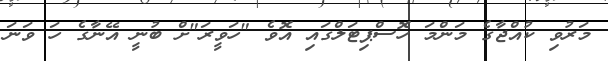
މަރުވި ކުއްޖާގެ މަންމަ ހޮސްޕިޓަލްގައި އޮވެ "ހަވީރަ"ށް ބުނީ އޭނާގެ ހަ ވަނަ